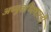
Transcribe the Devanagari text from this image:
अच्युतप्पिषारडी